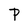
Character: P